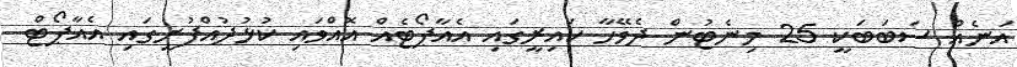
އަނެއް ސަބަބަކީ 25 މިނެޓުން ދެވޭހާ ކައިރީގައި އެއާޕޯޓެއް އޮއްވައި ކުޅުދުއްފުށީގައި އެއާޕޯޓް